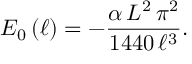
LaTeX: E _ { 0 } \left( \ell \right) = - \frac { \alpha \, L ^ { 2 } \, \pi ^ { 2 } } { 1 4 4 0 \, \ell ^ { 3 } } .